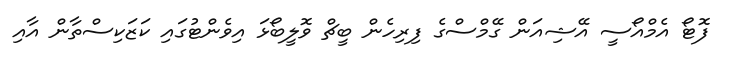
ފޮޓޯ އެމްއޯސީ އޭޝިއަން ގޭމްސްގެ ފިރިހެން ބީޗް ވޮލީބޯޅަ އިވެންޓުގައި ކަޒަކިސްތާން އާއި